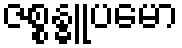
ဇစ္စန္ဓူပမော